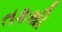
તકથી